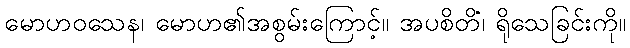
မောဟဝသေန၊ မောဟ၏အစွမ်းကြောင့်။ အပစိတိံ၊ ရိုသေခြင်းကို။